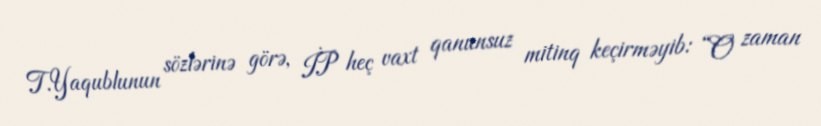
T.Yaqublunun sözlərinə görə, İP heç vaxt qanunsuz mitinq keçirməyib: “O zaman